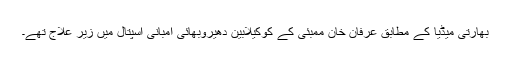
بھارتی میڈیا کے مطابق عرفان خان ممبئی کے کوکیلابین دھیروبھائی امبانی اسپتال میں زیر علاج تھے۔